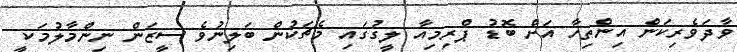
ވާދަވެރިކަން އިންތިހާ އަށް ބޮޑު ޕްރިމިއާ ލީގުގައި މެޗަކުން ބަލިނުވެ ސީޒަން ނިންމާލުމަކީ